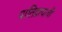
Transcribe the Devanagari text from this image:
पातिव्रत्याची